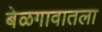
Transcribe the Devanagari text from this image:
बेळगावातला